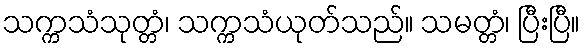
သက္ကသံသုတ္တံ၊ သက္ကသံယုတ်သည်။ သမတ္တံ၊ ပြီးပြီ။